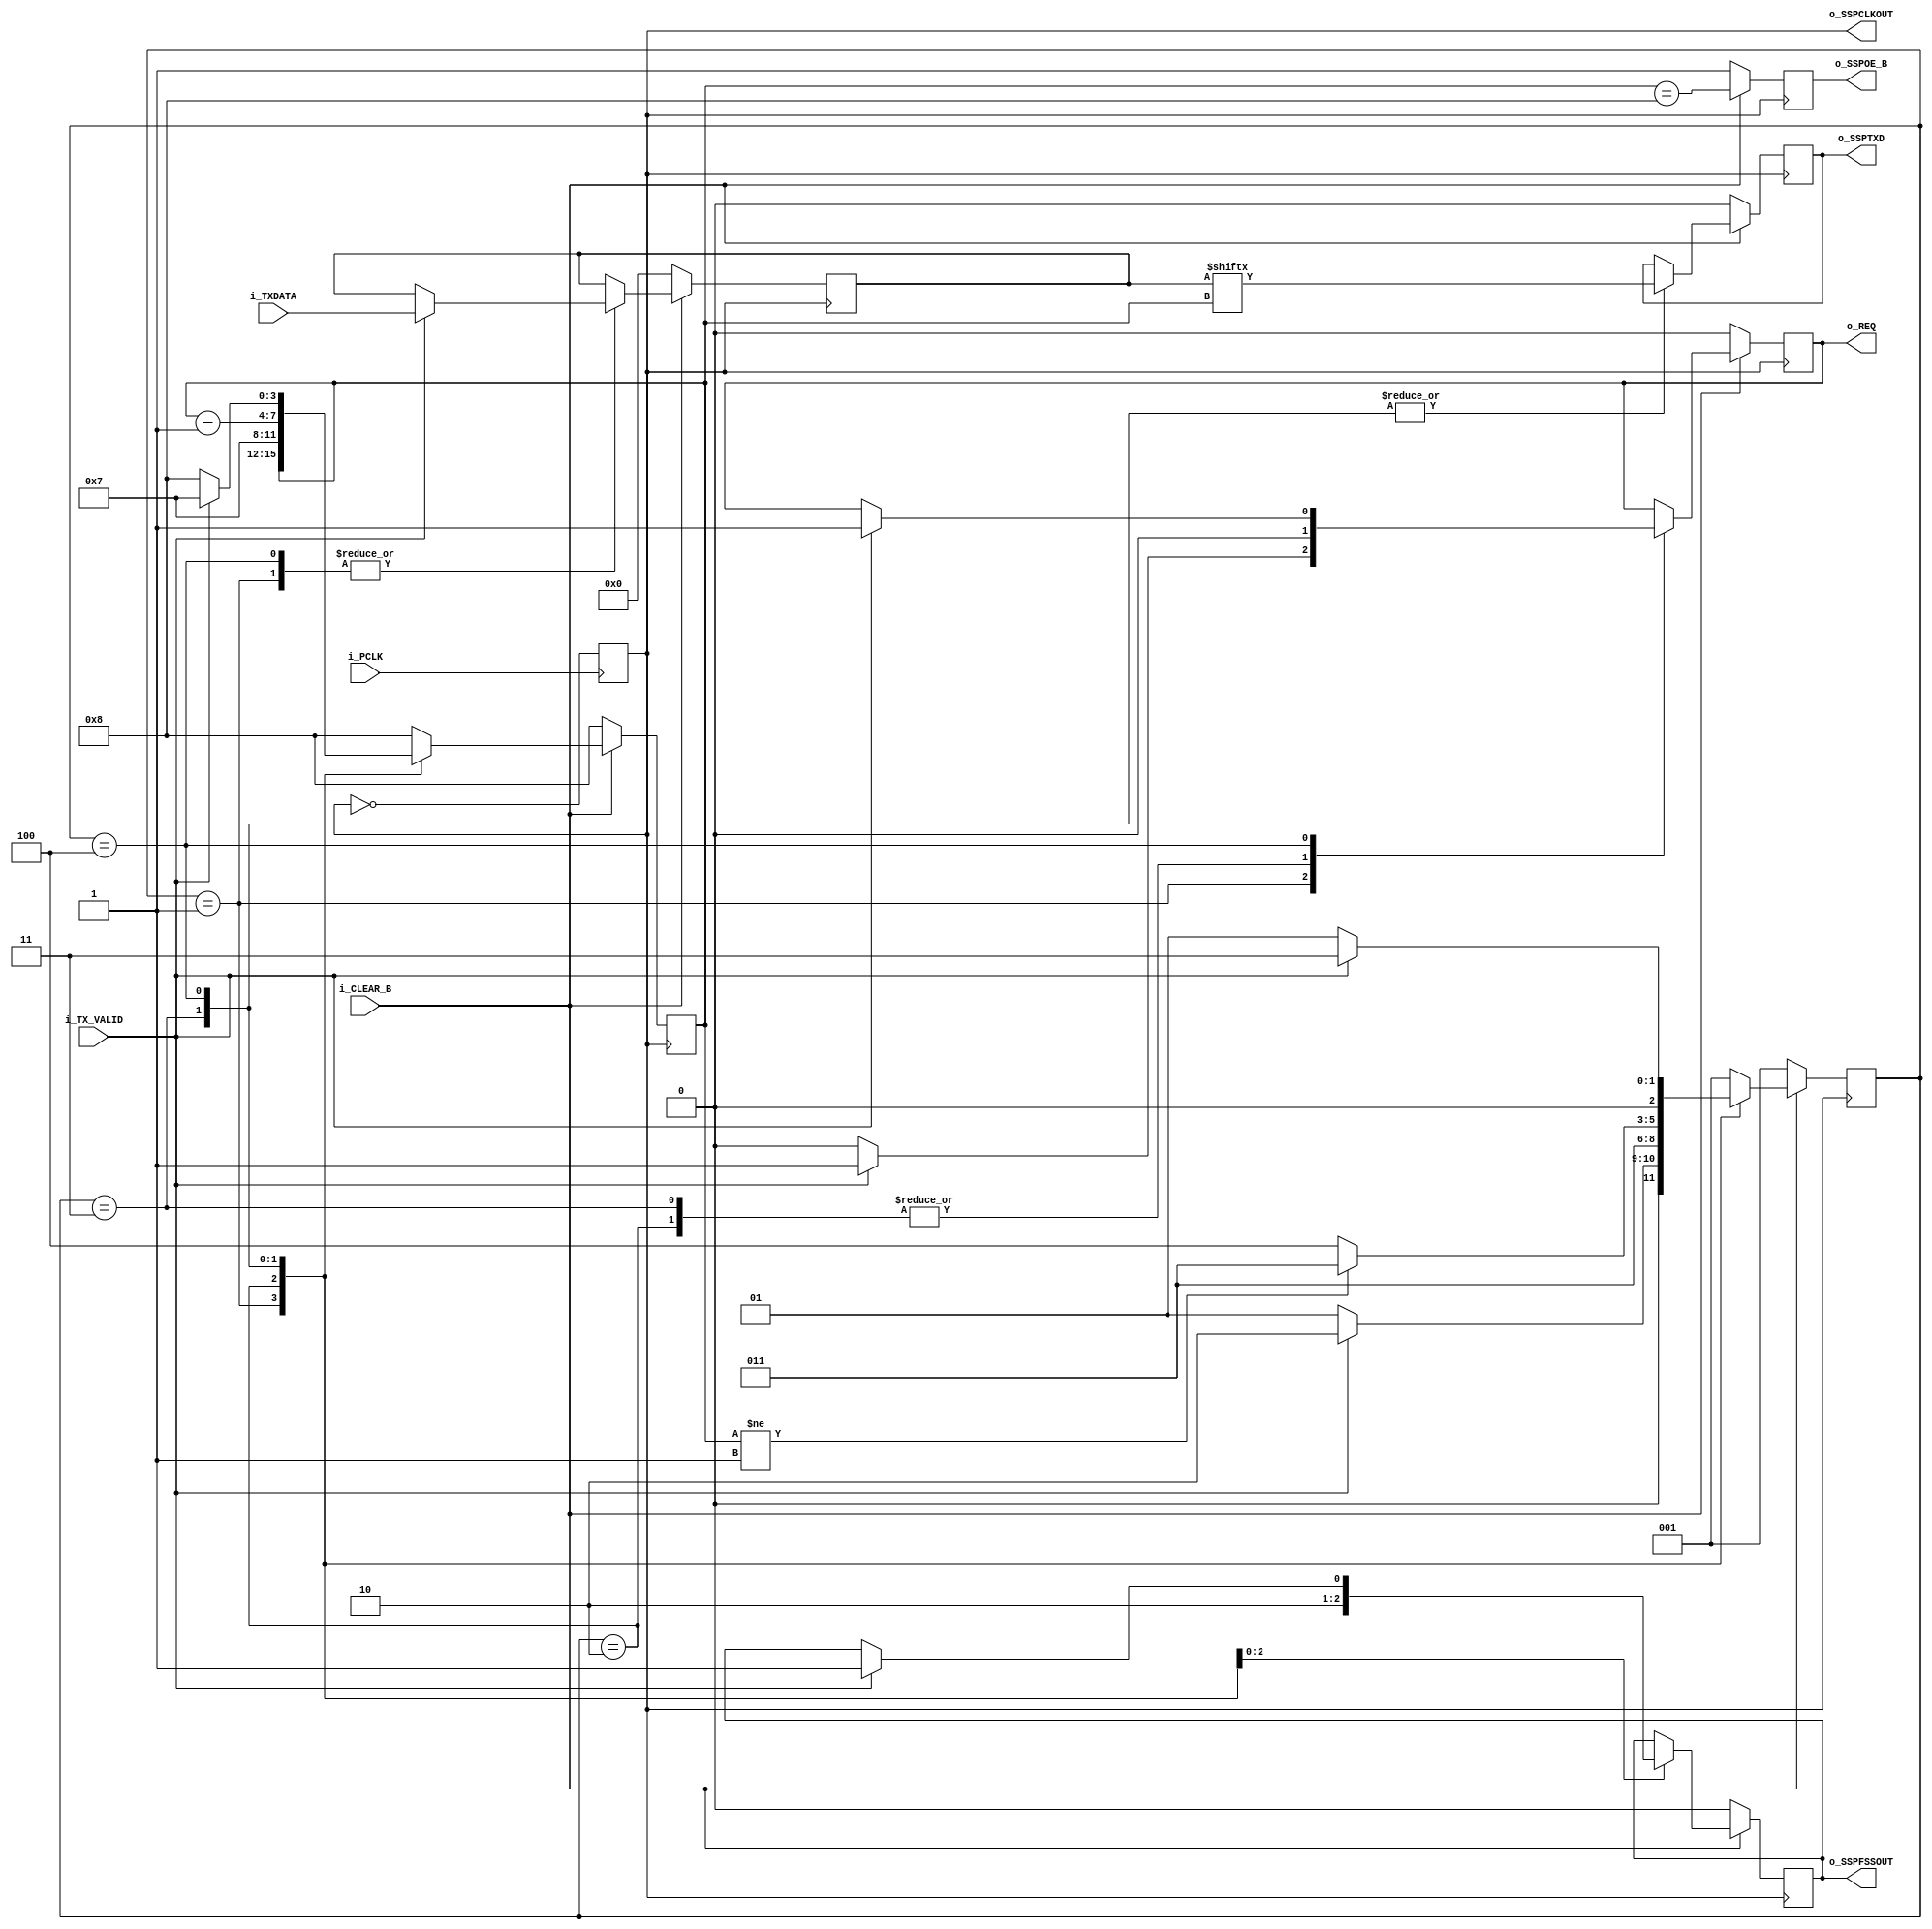
// -----------------------------------------------------------------------------
// AUTHOR'S EMAIL     : sharukhsshaikh@utexas.edu
// VERSION DATE       : 11/6/2016
// DESCRIPTION        : Parallel to serial data converter
// -----------------------------------------------------------------------------
// PARAM NAME RANGE   : DESCRIPTION : DEFAULT : UNITS
// -----------------------------------------------------------------------------


`define DATA_WIDTH 8

module data_serializer (i_PCLK, i_CLEAR_B, i_TXDATA, i_TX_VALID, o_REQ, o_SSPOE_B, o_SSPTXD, o_SSPCLKOUT, o_SSPFSSOUT);


//=============IO ports======================

input                     i_PCLK, i_CLEAR_B, i_TX_VALID;
input [`DATA_WIDTH-1 : 0] i_TXDATA;

output reg                o_REQ, o_SSPOE_B, o_SSPTXD, o_SSPCLKOUT, o_SSPFSSOUT;


//=============Internal Variables==============

parameter SIZE = 3, IDLE  = 3'b001, START_TX = 3'b010, TX_LOOP = 3'b011, TX_NEXT = 3'b100;

reg [SIZE-1:0]          state        ;// State of the FSM
reg [`DATA_WIDTH-1 : 0] r_TXDATA;
reg [3:0]               r_count;
wire                    w_SSPOE_B;

assign w_SSPOE_B = (r_count==4'b1000);


always @(negedge o_SSPCLKOUT )
begin
   if( !i_CLEAR_B )
       o_SSPOE_B <= 1'b1;
   else
       o_SSPOE_B <= w_SSPOE_B;
end

//=============clock by 2======================

always @(posedge i_PCLK )
begin
       o_SSPCLKOUT <= !o_SSPCLKOUT;
end

//==========Code startes Here==========================

always @ (posedge o_SSPCLKOUT)
begin : FSM

if (!i_CLEAR_B) 
begin
  state       <= IDLE;
  o_REQ       <= 1'b0;
  o_SSPTXD    <= 1'b0;
  o_SSPFSSOUT <= 1'b0;
  r_TXDATA    <= 0;
  r_count     <= 4'b1000;
end 

else
 case(state)
   IDLE : if (i_TX_VALID == 1'b1) begin
                state <= START_TX;
                r_TXDATA <= i_TXDATA;
                o_REQ <= 1'b1;
              end 
          else begin
                state <= IDLE;
                o_REQ <= 1'b0;
              end

   START_TX : begin
                o_SSPFSSOUT <= 1'b1;
                o_REQ <= 1'b0;
                state <= TX_LOOP;
                r_count <= 4'b0111;
              end

   TX_LOOP : begin
               if (r_count != 4'b0001) begin
                 o_SSPTXD <= r_TXDATA[r_count];
                 state <= TX_LOOP;
               end else begin
                 o_SSPTXD <= r_TXDATA[r_count];
                 state <= TX_NEXT;
               end
               o_SSPFSSOUT <= 1'b0;
               r_count <= r_count-1;
               o_REQ <= 1'b0;
             end

   TX_NEXT : begin
               if (i_TX_VALID == 1'b1) begin
                 o_SSPTXD <= r_TXDATA[r_count];
                 state <= TX_LOOP;
                 o_SSPFSSOUT <= 1'b1;
                 r_count <= 4'b0111;
                 r_TXDATA <= i_TXDATA;
                 o_REQ <= 1'b1;
               end else begin
                 o_SSPTXD <= r_TXDATA[r_count];
                 state <= IDLE;
                 r_count <= 4'b1000;
               end
             end   
   default : begin
             state <= IDLE;
             r_count <= 4'b1000;
             end
endcase
end

endmodule